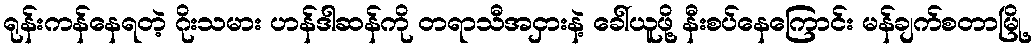
ရုန်းကန်နေရတဲ့ ဂိုးသမား ဟန်ဒါဆန်ကို တရာသီအငှားနဲ့ ခေါ်ယူဖို့ နီးစပ်နေကြောင်း မန်ချက်စတာမြို့